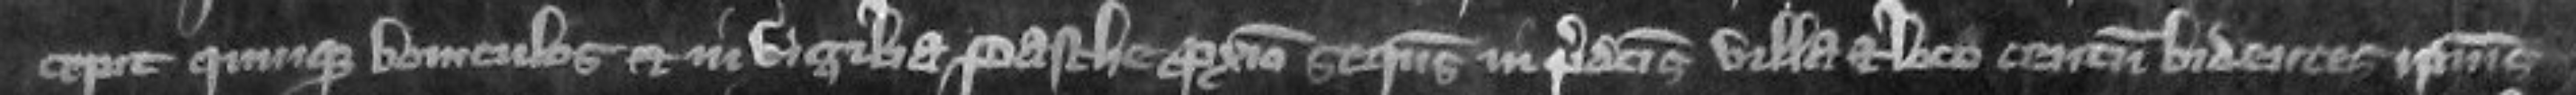
cepit quinque boviculos et in vigilia Pasche proximo sequens in predictis villa et loco centum bidentes ipsius